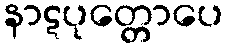
နာဋပုတ္တောပေ